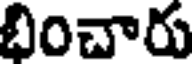
భించారు